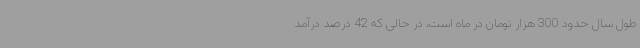
طول سال حدود 300 هزار تومان در ماه است، در حالی‌ که 42 درصد درآمد